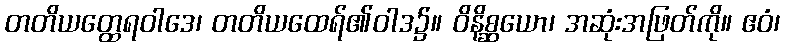
တတိယတ္ထေရဝါဒေ၊ တတိယထေရ်၏ဝါဒ၌။ ဝိနိစ္ဆယော၊ အဆုံးအဖြတ်ကို။ ဧဝံ၊